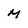
Character: M